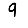
Digit: 9